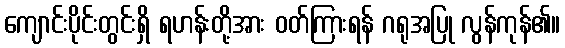
ကျောင်းပိုင်းတွင်းရှိ ရဟန်းတို့အား ဝတ်ကြားရန် ဂရုအပြု လွန်ကုန်၏။